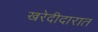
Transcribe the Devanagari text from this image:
खरेदीदारात